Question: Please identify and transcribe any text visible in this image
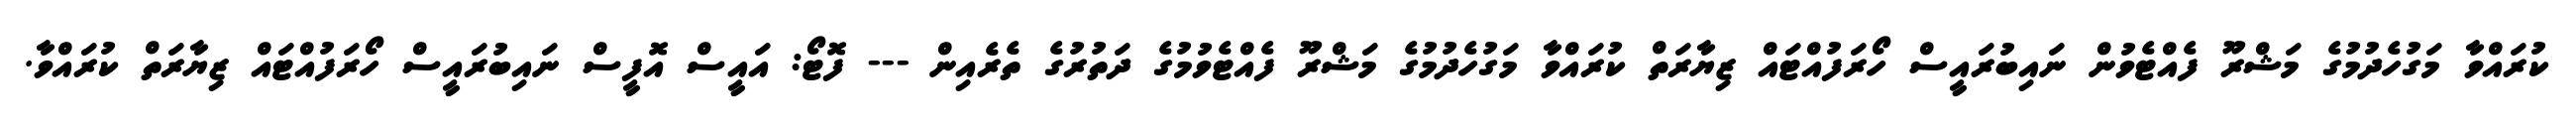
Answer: ކުރައްވާ މަގުހެދުމުގެ މަޝްރޫ ފެއްޓެވުން ނައިބުރައީސް ހޯރަފުއްޓައް ޒިޔާރަތް ކުރައްވާ މަގުހެދުމުގެ މަޝްރޫ ފެއްޓެވުމުގެ ދަތުރުގެ ތެރެއިން --- ފޮޓޯ: އައީސް އޮފީސް ނައިބުރައީސް ހޯރަފުއްޓައް ޒިޔާރަތް ކުރައްވާ.